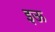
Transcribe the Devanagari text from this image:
इऊ